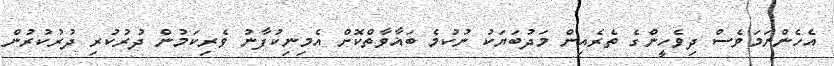
އެހެންނަމަވެސް ދިވެހީންގެ ތެރެއިން މަދުބަޔަކު ނުކުމެ ބަޣާވާތްކޮށް އެމިނިކުފާނު ވެރިކަމުން ދުރުކުރި ދުރުކުރުން